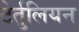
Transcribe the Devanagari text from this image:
टेर्तुलियन